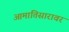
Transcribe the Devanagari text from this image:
आमातिसारावर